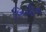
બિપીન